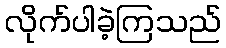
လိုက်ပါခဲ့ကြသည်